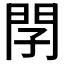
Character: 𨳕